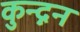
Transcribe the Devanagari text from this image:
कुन्द्नन